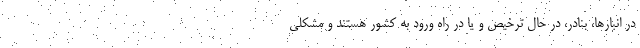
در انبارها، بنادر، در حال ترخیص و یا در راه ورود به کشور هستند و مشکلی